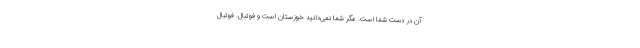
آن در دست شما است. مگر شما نمی‌دانید خوزستان است و فوتبال. فوتبال